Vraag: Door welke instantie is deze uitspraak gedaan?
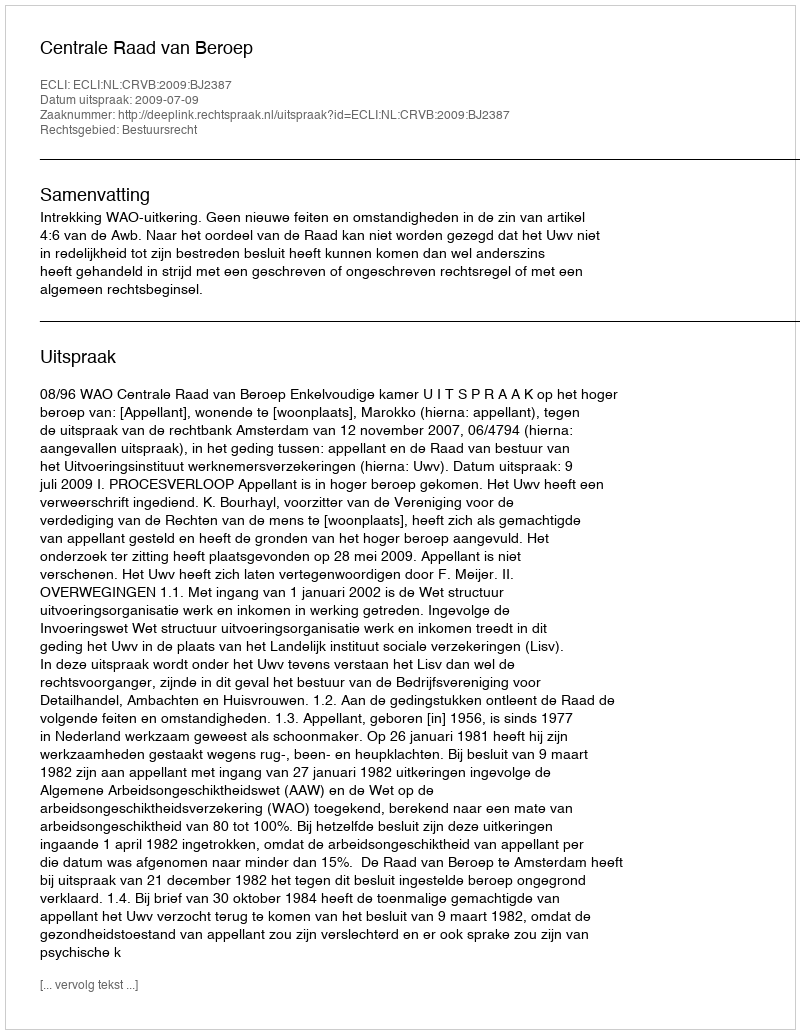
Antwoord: Centrale Raad van Beroep